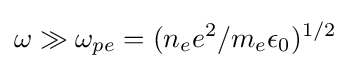
\omega \gg \omega _{pe}=(n_{e}e^{2}/m_{e}\epsilon _{0})^{1/2}